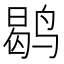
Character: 鹖